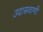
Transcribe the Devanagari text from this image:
उदासवाणी